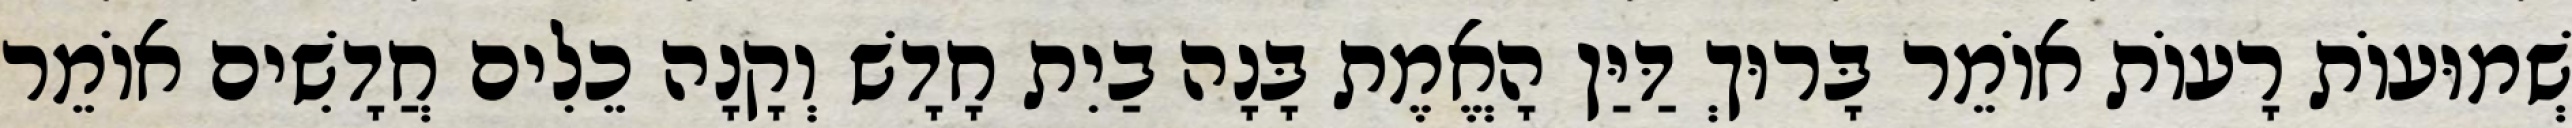
שְׁמוּעוֹת רָעוֹת אוֹמֵר בָּרוּךְ דַּיַּן הָאֱמֶת בָּנָה בַיִת חָדָשׁ וְקָנָה כֵלִים חֲדָשִׁים אוֹמֵר